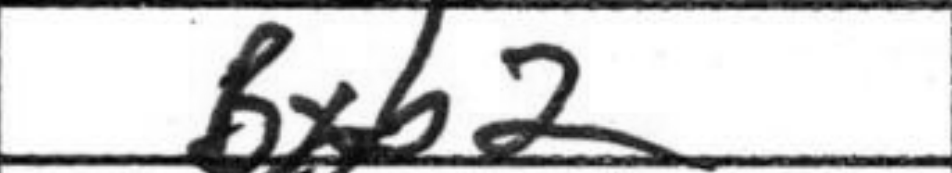
Transcription: Bxb2